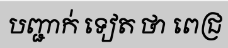
បញ្ជាក់ ទៀត ថា ពេជ្រ